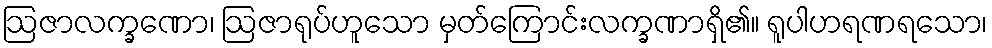
ဩဇာလက္ခဏော၊ ဩဇာရုပ်ဟူသော မှတ်ကြောင်းလက္ခဏာရှိ၏။ ရူပါဟရဏရသော၊